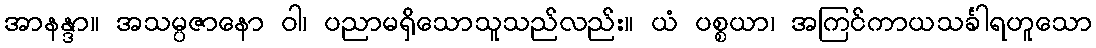
အာနန္ဒာ။ အသမ္ပဇာနော ဝါ၊ ပညာမရှိသောသူသည်လည်း။ ယံ ပစ္စယာ၊ အကြင်ကာယသင်္ခါရဟူသော